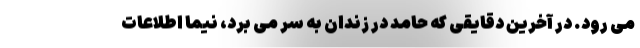
می رود. در آخرین دقایقی که حامد در زندان به سر می برد، نیما اطلاعات